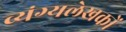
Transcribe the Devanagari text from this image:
व्यंग्यलेखकों